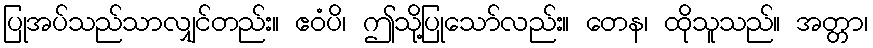
ပြုအပ်သည်သာလျှင်တည်း။ ဧဝံပိ၊ ဤသို့ပြုသော်လည်း။ တေန၊ ထိုသူသည်။ အတ္တာ၊